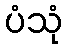
ပံသုံ